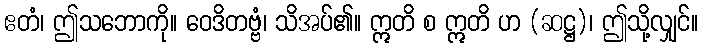
ဧတံ၊ ဤသဘောကို။ ဝေဒိတဗ္ဗံ၊ သိအပ်၏။ ဣတိ စ ဣတိ ဟ (ဆဋ္ဌ)၊ ဤသို့လျှင်။